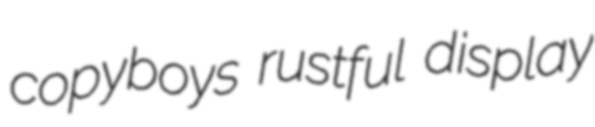
copyboys rustful display